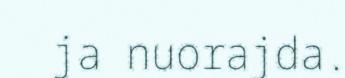
ja nuorajda.